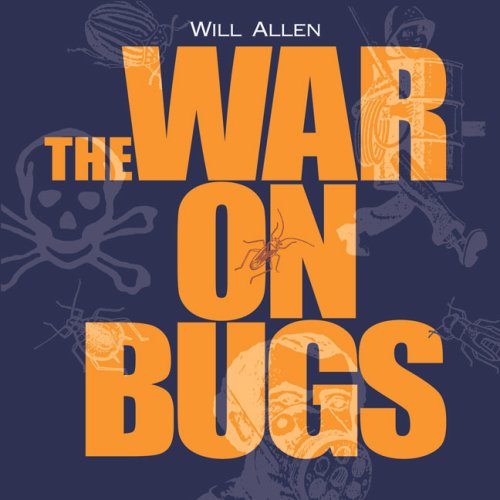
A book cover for The War on Bugs; Will Allen; Science & Math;